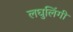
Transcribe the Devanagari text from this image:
लघुलिंगी